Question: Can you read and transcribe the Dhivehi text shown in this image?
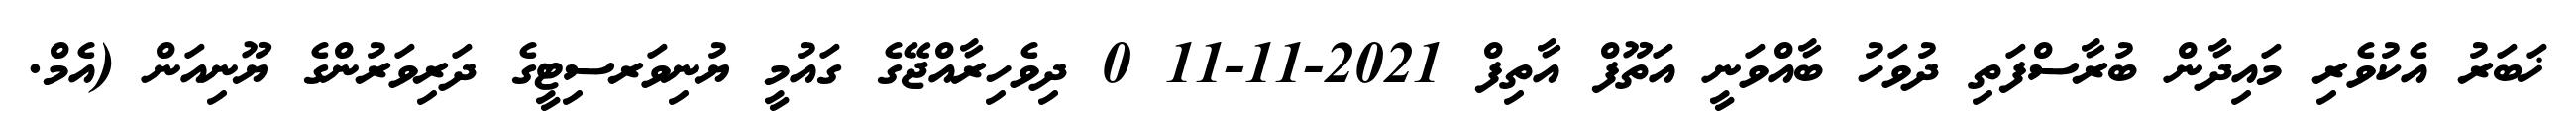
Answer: ޚަބަރު އެކުވެރި މައިދާން ބުރާސްފަތި ދުވަހު ބާއްވަނީ އަތޫފް އާތިފް 2021-11-11 0 ދިވެހިރާއްޖޭގެ ގައުމީ ޔުނިވަރސިޓީގެ ދަރިވަރުންގެ ޔޫނިއަން (އެމް.